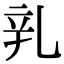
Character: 乵